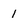
Character: 1